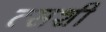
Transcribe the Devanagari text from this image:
त्सशी